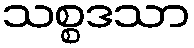
သစ္စဒသာ